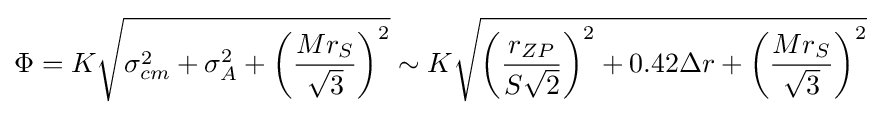
\Phi =K{\sqrt {\sigma _{cm}^{2}+\sigma _{A}^{2}+\left({\frac {Mr_{S}}{\sqrt {3}}}\right)^{2}}}\sim K{\sqrt {\left({\frac {r_{ZP}}{S{\sqrt {2}}}}\right)^{2}+0.42\Delta r+\left({\frac {Mr_{S}}{\sqrt {3}}}\right)^{2}}}